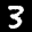
Label: 3